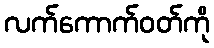
လက်ကောက်ဝတ်ကို